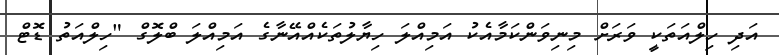
އަދި ހިލްއަތަކީ ވަރަށް މިނިވަންކަމާއެކު އަމިއްލަ ހިޔާލުތަކެއްއޭނާގެ އަމިއްލަ ބްލޮގް "ހިލްއަތު ޑޮޓް